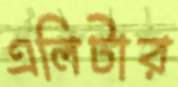
এলিটার